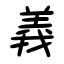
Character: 義